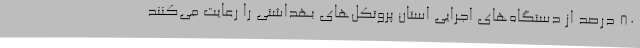
80 درصد از دستگاه‌های اجرایی استان پروتکل‌های بهداشتی را رعایت می‌کنند